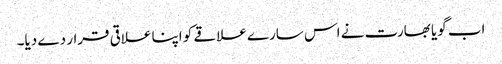
اب گویا بھارت نے اس سارے علاقے کو اپنا علاقی قرار دے دیا۔